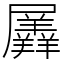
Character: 羼